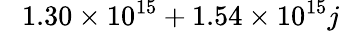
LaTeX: \phantom{-}1.30\times 10^{15}+1.54\times 10^{15}j